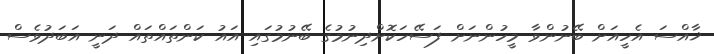
ޚާއްސަ އެހީއަށް ބޭނުންވާ މީހުންނަށް ފަސޭހަކޮށްދިނުމުގެ ބޭނުމުގައި އައު ކަންތަައްތައް ދަނީ އަބަދުވެސް